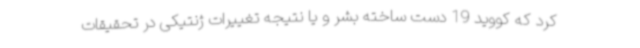
کرد که کووید 19 دست ساخته بشر و یا نتیجه تغییرات ژنتیکی در تحقیقات